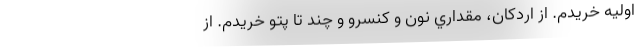
اوليه خريدم. از اردكان، مقداري نون و كنسرو و چند تا پتو خريدم. از